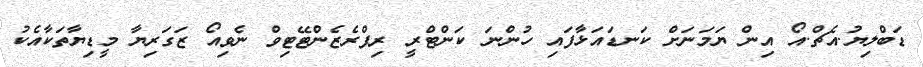
ޑަބްލިޔު.އެޗް.އޯ އިން ޔަމަނަށް ކަނޑައަޅާފައި ހުންނަ ކަންޓްރީ ރިޕްރެޒެންޓޭޓިވް ނެވިއޯ ޒަގަރިޔާ މީޑިޔާތަކާއެކު